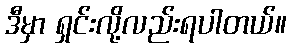
ဒီမှာ ရှင်းလို့လည်းရပါတယ်။